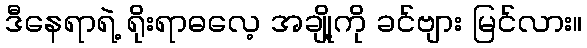
ဒီနေရာရဲ့ ရိုးရာဓလေ့ အချို့ကို ခင်ဗျား မြင်လား။